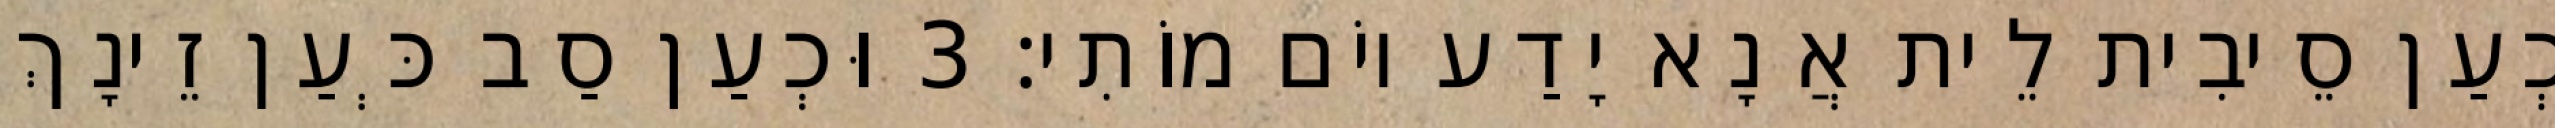
כְעַן סֵיבִית לֵית אֲנָא יָדַע יוֹם מוֹתִי׃ 3 וּכְעַן סַב כְּעַן זֵינָךְ